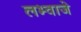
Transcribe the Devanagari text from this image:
लभ्वाजे